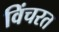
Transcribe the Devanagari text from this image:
विंचरत